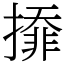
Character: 㩑